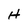
Character: H